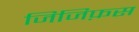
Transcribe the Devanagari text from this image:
जिजिफ़स